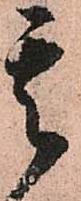
其